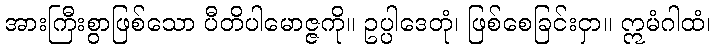
အားကြီးစွာဖြစ်သော ပီတိပါမောဇ္ဇကို။ ဥပ္ပါဒေတုံ၊ ဖြစ်စေခြင်းငှာ။ ဣမံဂါထံ၊